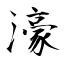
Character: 濠